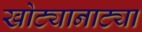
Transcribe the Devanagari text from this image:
खोट्यानाट्या